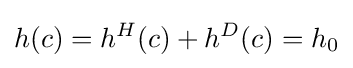
h(c)=h^{H}(c)+h^{D}(c)=h_{0}